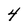
Character: 4